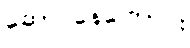
ဆောင်နေကြောင်း